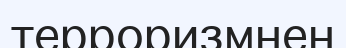
терроризмнен